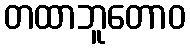
တထာဘူတောဝ